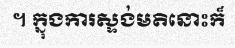
។ ក្នុងការស្ទង់មតិនោះក៏